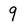
Character: 9